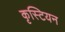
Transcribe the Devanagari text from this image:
कृस्टियन